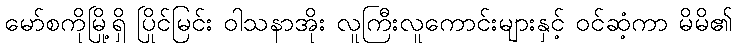
မော်စကိုမြို့ရှိ ပြိုင်မြင်း ဝါသနာအိုး လူကြီးလူကောင်းများနှင့် ဝင်ဆံ့ကာ မိမိ၏